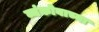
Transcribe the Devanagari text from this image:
व्यंकोबाच्या